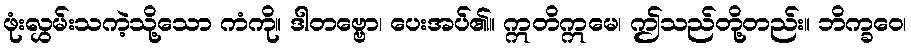
ဖုံးလွှမ်းသကဲ့သို့သော ကံကို။ ဒါတဗ္ဗော၊ ပေးအပ်၏။ ဣတိဣမေ၊ ဤသည်တို့တည်း။ ဘိက္ခဝေ၊